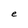
Character: e